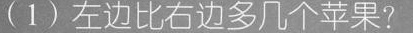
(1)左边比右边多几个苹果?